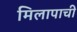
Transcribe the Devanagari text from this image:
मिलापाची